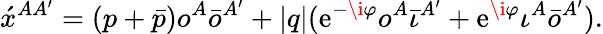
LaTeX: \acute{x}^{AA^{\prime}}=(p+\bar{p})o^{A}\bar{o}^{A^{\prime}}+|q|(\textrm{e}^{-\i\varphi}o^{A}\bar{\iota}^{A^{\prime}}+\textrm{e}^{\i\varphi}\iota^{A}\bar{o}^{A^{\prime}}).